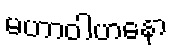
မဟာဝါဟနော